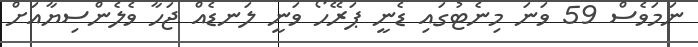
ނަމަވެސް 59 ވަނަ މިނެޓުގައި ޑެނީ ޕަރޭހޯ ވަނީ ލަނޑެއް ޖަހާ ވެލެންސިޔާއަށް